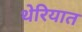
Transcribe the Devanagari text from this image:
थेरियात